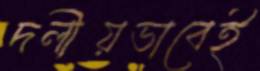
দলীয়ভাবেই